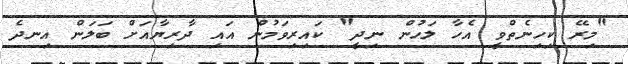
"މިރޭ ކިހިނެތްވީ އެހާ ލަހުން ނިދީ" ކައިރިވަމުން އައި ދާރިޔާއަށް ބަލަން އިނދެ